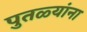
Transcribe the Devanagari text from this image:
पुतळ्यांना